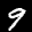
Label: 9